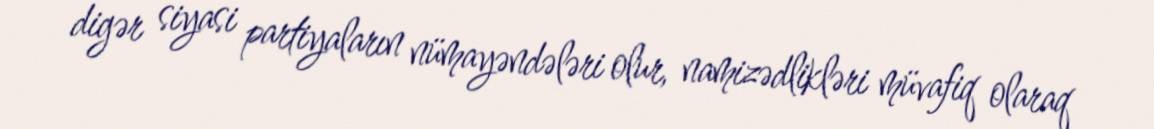
digər siyasi partiyaların nümayəndələri olur, namizədlikləri müvafiq olaraq